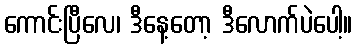
ကောင်းပြီလေ၊ ဒီနေ့တော့ ဒီလောက်ပဲပေါ့။